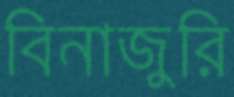
বিনাজুরি